Vaccination United Provinces of Agra and Oudh 1902-1913 - 1902-1913
Year: 1902
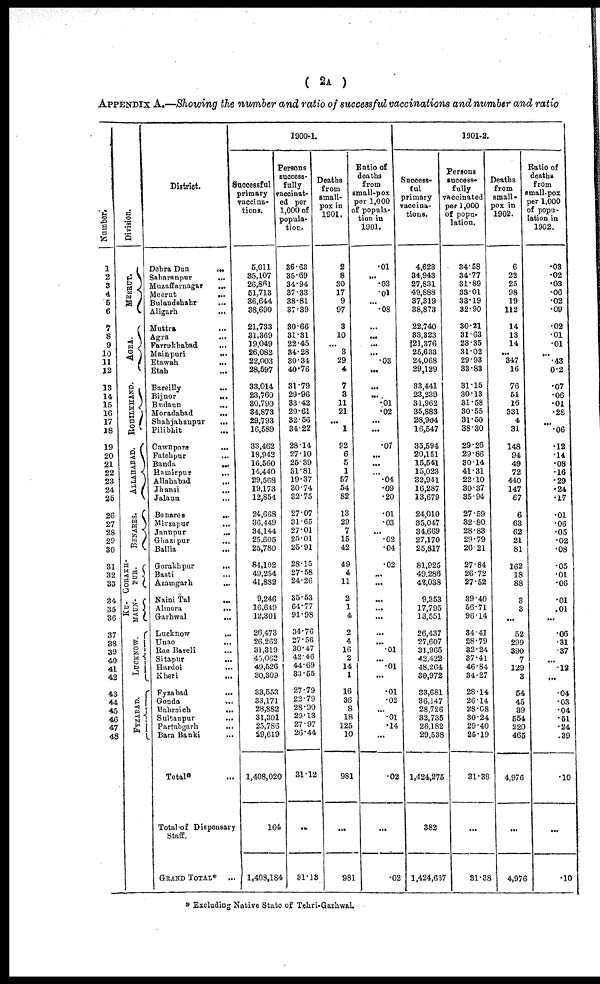
( 2A )
APPENDIX A.—Showing the number and ratio of successful vaccinations and number and ratio
Number.
1
2
3
4
5
6
7
8
9
10
11
12
13
14
15
16
17
18
19
20
21
22
23
24
25
26
27
28
29
30
31
32
33
34
35
36
37
38
39
40
41
42
43
44
45
46
47
48
Division.
MEERUT.
AGRA.
ROHILKHAND.
ALLAHABAD.
BENARES.
GORAKH-
PUR.
KU-
MAUN.
LUCKNOW.
FYZABAD.
District.
Dehra Dun ...
Saharanpur
...
Muzaffarnagar
...
Meerut
...
Bulandshahr
...
Aligarh
...
Mutttra ...
Agra ...
Farrukhabad ...
Mainpur
...
Etawah
...
Etah ...
Bareilly
...
Bijnor
...
Budaun ...
Moradabad
...
Shahjahanpur
...
Pilibhit ...
Cawnpore
...
Fatehpur
...
Banda
...
Hamirpur
...
Allahabad ...
Jhansi
...
Jalaun ...
Benares
...
Mirzapur ...
Jaunpur
...
Ghazipur ...
Ballia ...
Gorakhpur
...
Basti ...
Azamgarh ...
Naini Tal ...
Almora
...
Garhwal
...
Lucknow
...
Unao
...
Rae Bareli ...
Sitapur
...
Hardoi ...
Kheri
...
Fyzabad
...
Gonda
...
Bahraich
...
Sultanpur
...
Partabgarh ...
Bara Banki ...
Total* ...
Total of Dispensary
Staff.
GRAND TOTAL.*
...
1900-1.
Successful
primary
vaccina-
tions.
5,011
35,107
26,861
51,713
36,644
38,690
21,733
31,369
19,049
26,082
22,003
28,597
33,014
23,760
30,790
34,873
29,793
16,589
33,462
18,942
16,560
14,440
29,568
19,173
12,854
24,668
36,449
34,144
25,605
25,780
84,102
49,254
41,882
9,246
16,649
12,301
26,473
26,262
31,319
43,062
49,626
30,309
33,553
33,171
28,882
31,301
25,786
29,619
1,408,020
164
1,408,184
Persons
success-
fully
vaccinat-
ed per
1,000 of
popula-
tion.
36.63
35.69
34.94
37.33
38.81
37.39
30.66
31.31
22.45
34.28
30.34
40.76
31.79
29.96
33.42
29.61
32.56
34.22
28.14
27.10
25.39
31.81
19.37
30.74
32.75
27.07
31.65
27.01
25.01
25.91
28.15
27.58
24.26
35.53
64.77
91.98
34.76
27.56
30.47
42.46
44.69
33.55
27.79
23.79
28.90
29.13
27.97
26.44
31.12
...
31.13
Deaths
from
small-
pox in
1901.
2
8
30
17
9
97
3
10
...
3
29
4
7
8
11
21
...
1
92
6
5
1
57
54
82
13
29
7
15
42
49
4
11
2
1
4
2
4
16
2
14
1
16
36
8
18
125
10
981
...
981
Ratio of
deaths
from
small-pox
per 1,000
of popula-
tion in
1901.
.01
...
.03
.01
...
.08
...
...
...
...
.03
...
...
...
.01
.02
...
...
.07
...
...
...
.04
.09
.20
.01
.03
...
.02
.04
.02
...
...
...
...
...
...
...
.01
...
.01
...
.01
.02
...
.01
.14
...
.02
...
.02
1901-2.
Success-
ful
primary
vaccina-
tions.
4,623
34,943
27,831
49,888
37,319
38,873
22,740
33,323
21,376
25,633
24,068
29,129
33,441
23,239
31,962
35,883
28,904
16,547
35,594
20,151
15,541
15,023
32,941
16,287
13,679
24,010
35,047
34,669
27,170
25,817
81,925
49,286
42,038
9,353
17,795
13,551
26,437
27,607
31,965
42,422
48,264
30,972
33,681
36,147
28,726
32,735
26,182
29,538
1,424,275
382
1,424,657
Persons
success-
fully
vaccinated
per 1,000
of popu-
lation.
34.58
34.77
31.89
33.01
33.19
32.90
30.21
31.63
23.35
31.02
29.93
33.83
31.15
30.13
31.58
30.55
31.50
38.30
29.26
29.86
30.14
41.31
22.10
30.37
35.94
27.59
32.80
28.83
29.79
26.21
27.84
26.72
27.52
39.40
56.71
96.14
34.41
28.79
32.24
37.41
46.84
34.27
28.14
26.14
28.08
30.24
29.40
25.19
31.38
...
31.38
Deaths
from
small-
pox in
1902.
6
22
25
98
19
112
14
13
14
...
347
16
76
51
16
331
4
31
148
94
49
72
440
147
67
6
63
62
21
81
162
18
88
3
3
...
52
299
390
7
129
3
54
45
39
554
220
465
4,976
...
4,976
Ratio of
deaths
from
small-pox
per 1,000
of popu-
lation in
1902.
.03
.02
.03
.06
.02
.09
.02
.01
.01
...
.43
0.2
.07
.06
.01
.28
...
.06
.12
.14
.08
.16
.29
.24
.17
.01
.06
.05
.02
.08
.05
.01
.06
.01
.01
...
.06
.31
.37
...
.12
...
.04
.03
.04
.51
.24
.39
.10
...
.10
* Excluding Native State of Tehri-Garhwal.